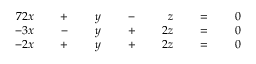
{ \begin{array} { r l r l r l r l r l r l r } { { 7 } 2 x } & { } & { \; + \; } & { } & { y } & { } & { \; - \; } & { } & { z } & { } & { \; = \; } & { } & { 0 } \\ { - 3 x } & { } & { \; - \; } & { } & { y } & { } & { \; + \; } & { } & { 2 z } & { } & { \; = \; } & { } & { 0 } \\ { - 2 x } & { } & { \; + \; } & { } & { y } & { } & { \; + \; } & { } & { 2 z } & { } & { \; = \; } & { } & { 0 } \end{array} }